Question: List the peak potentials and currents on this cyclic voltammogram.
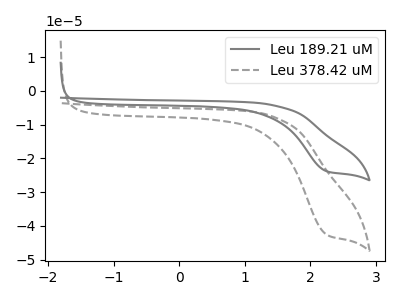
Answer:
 <answer>The gray curve "Leu 189.21 uM" has a cathodic peak at: (2.25V, -23.75uA). The gray dashed curve "Leu 378.42 uM" has a cathodic peak at: (2.25V, -42.50uA).</answer>
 <eval></eval>